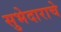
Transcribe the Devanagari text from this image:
सुभेदाराचे